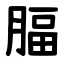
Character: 腷